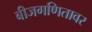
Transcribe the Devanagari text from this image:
बीजगणितावर